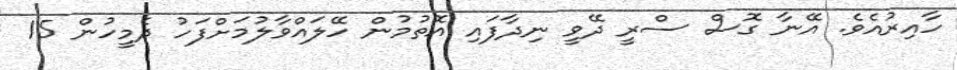
ހާއިރުއެވެ. އޭނާ ގޮސް ސްރީ ދޭވީ ނިދާފައި އޮތުމުން ހޭލައްވާލުމަށްފަހު ދެމީހުން 15